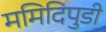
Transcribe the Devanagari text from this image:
ममिदिपुडी